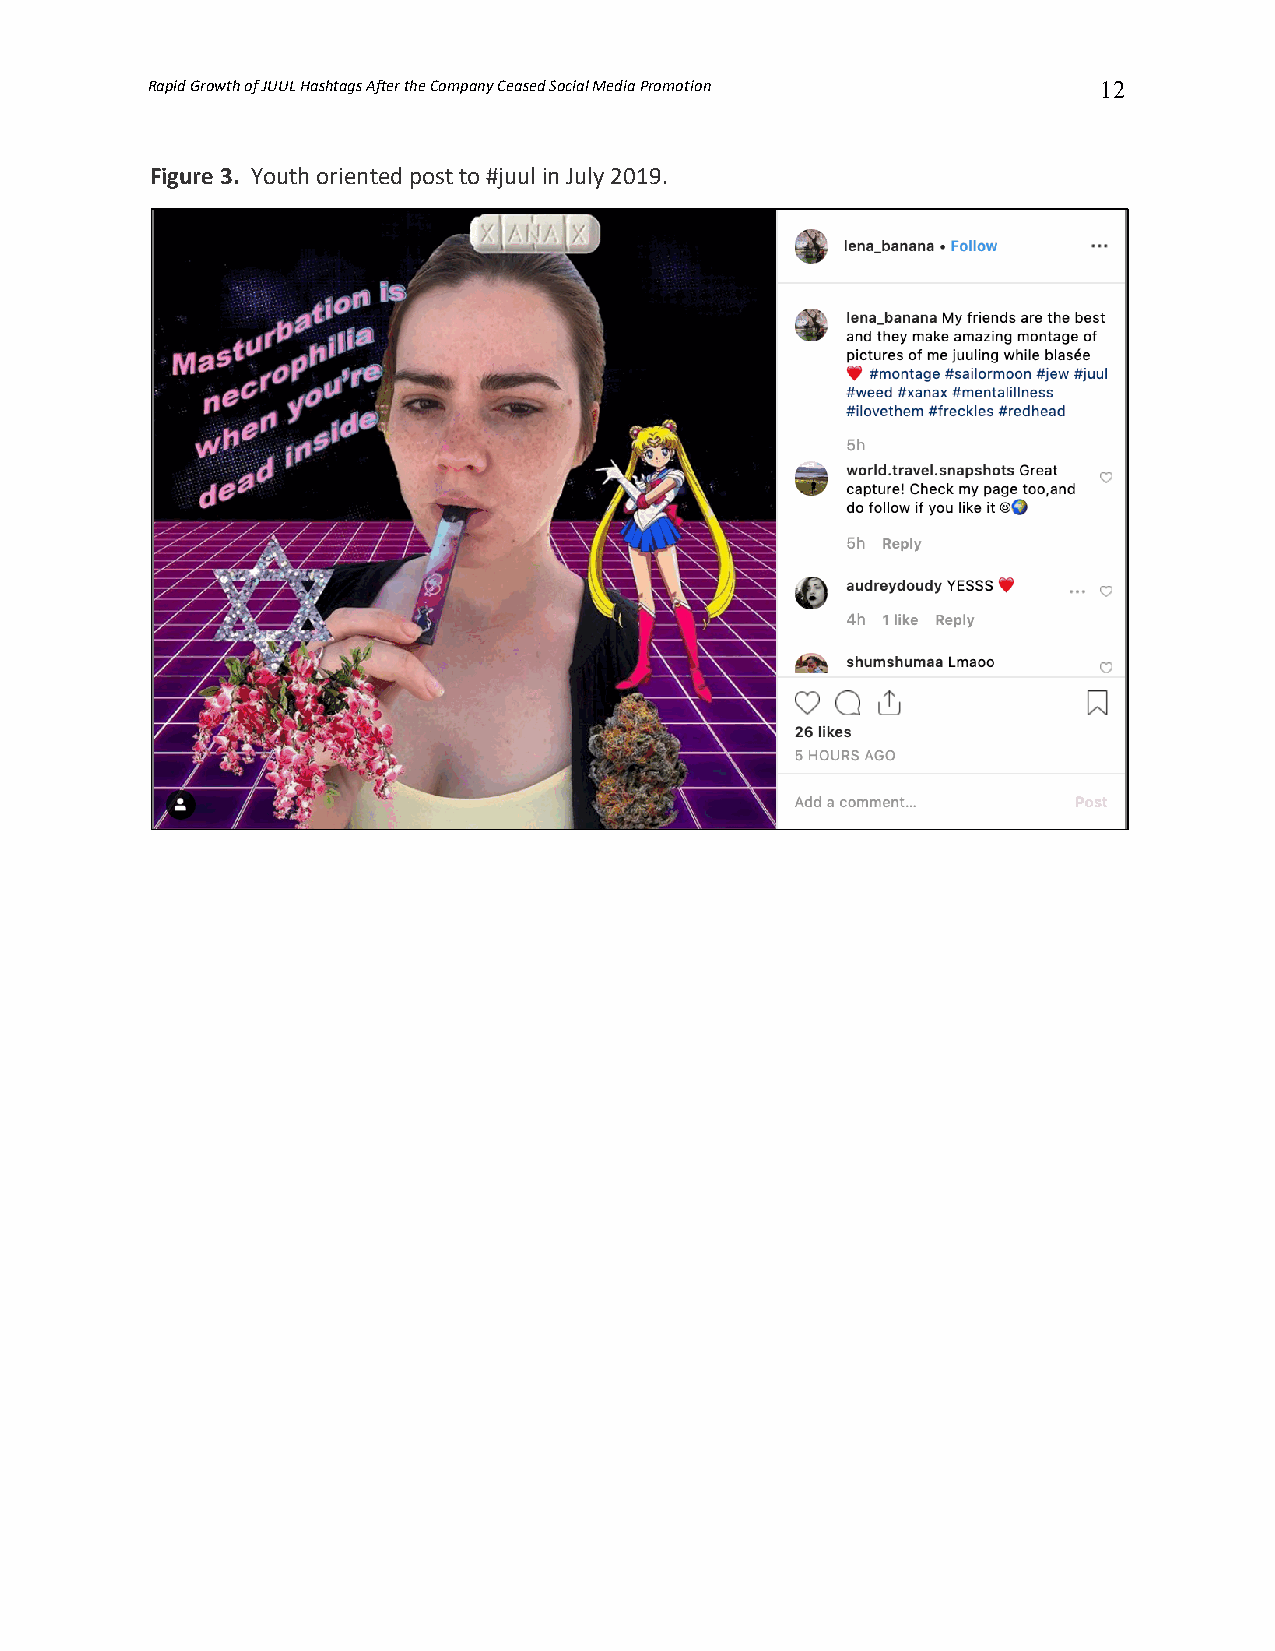
Rapid Growth of JUUL Hashtags After the Company Ceased Social Media Promotion 12
 Figure 3. Youth oriented post to #juul in July 2019.